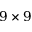
9 \times 9